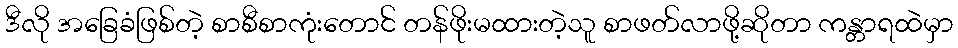
ဒီလို အခြေခံဖြစ်တဲ့ စာစီစာကုံးတောင် တန်ဖိုးမထားတဲ့သူ စာဖတ်လာဖို့ဆိုတာ ကန္တာရထဲမှာ